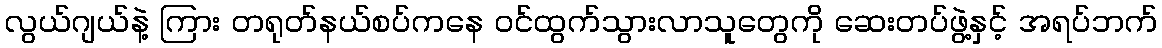
လွယ်ဂျယ်နဲ့ ကြား တရုတ်နယ်စပ်ကနေ ဝင်ထွက်သွားလာသူတွေကို ဆေးတပ်ဖွဲ့နှင့် အရပ်ဘက်